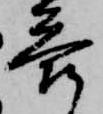
答